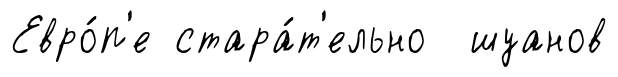
Евро́п'е стара́т'ельно шуанов